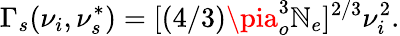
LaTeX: \Gamma_{s}(\nu_{i},\nu_{s}^{*})=[(4/3)\pia_{o}^{3}\mathbb{N}_{e}]^{2/3}\nu_{i}^{2}.